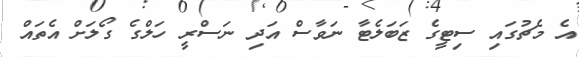
އެ މެޗުގައި ސިޓީގެ ޒަބަލެޓާ ނަވާސް އަދި ނަސްރީ ހަލްގެ ގޯލަށް އެތައް